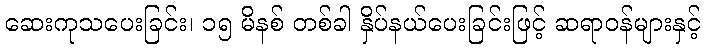
ဆေးကုသပေးခြင်း၊ ၁၅ မိနစ် တစ်ခါ နှိပ်နယ်ပေးခြင်းဖြင့် ဆရာဝန်များနှင့်